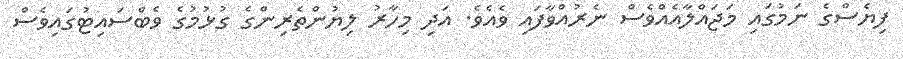
ފިޔެސްގެ ނަމުގައި މަޖައްލާއެއްވެސް ނެރުއްވާފައި ވެއެވެ. އަދި މިހާރު ލިޔުންތެރިންގެ ގުޅުމުގެ ވެބްސައިޓުގައިވެސް